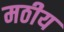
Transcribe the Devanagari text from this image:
मठीय